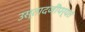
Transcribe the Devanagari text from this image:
उस्तादजींपर्यंत